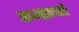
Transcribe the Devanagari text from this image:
सम्प्राप्से